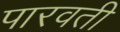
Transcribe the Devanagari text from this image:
पारवती